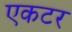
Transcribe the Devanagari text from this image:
एकटर